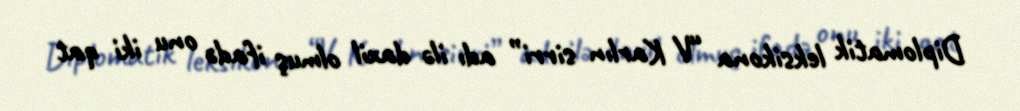
Diplomatik leksikona “V Karlın sirri” adı ilə daxil olmuş ifadə onu iki qat